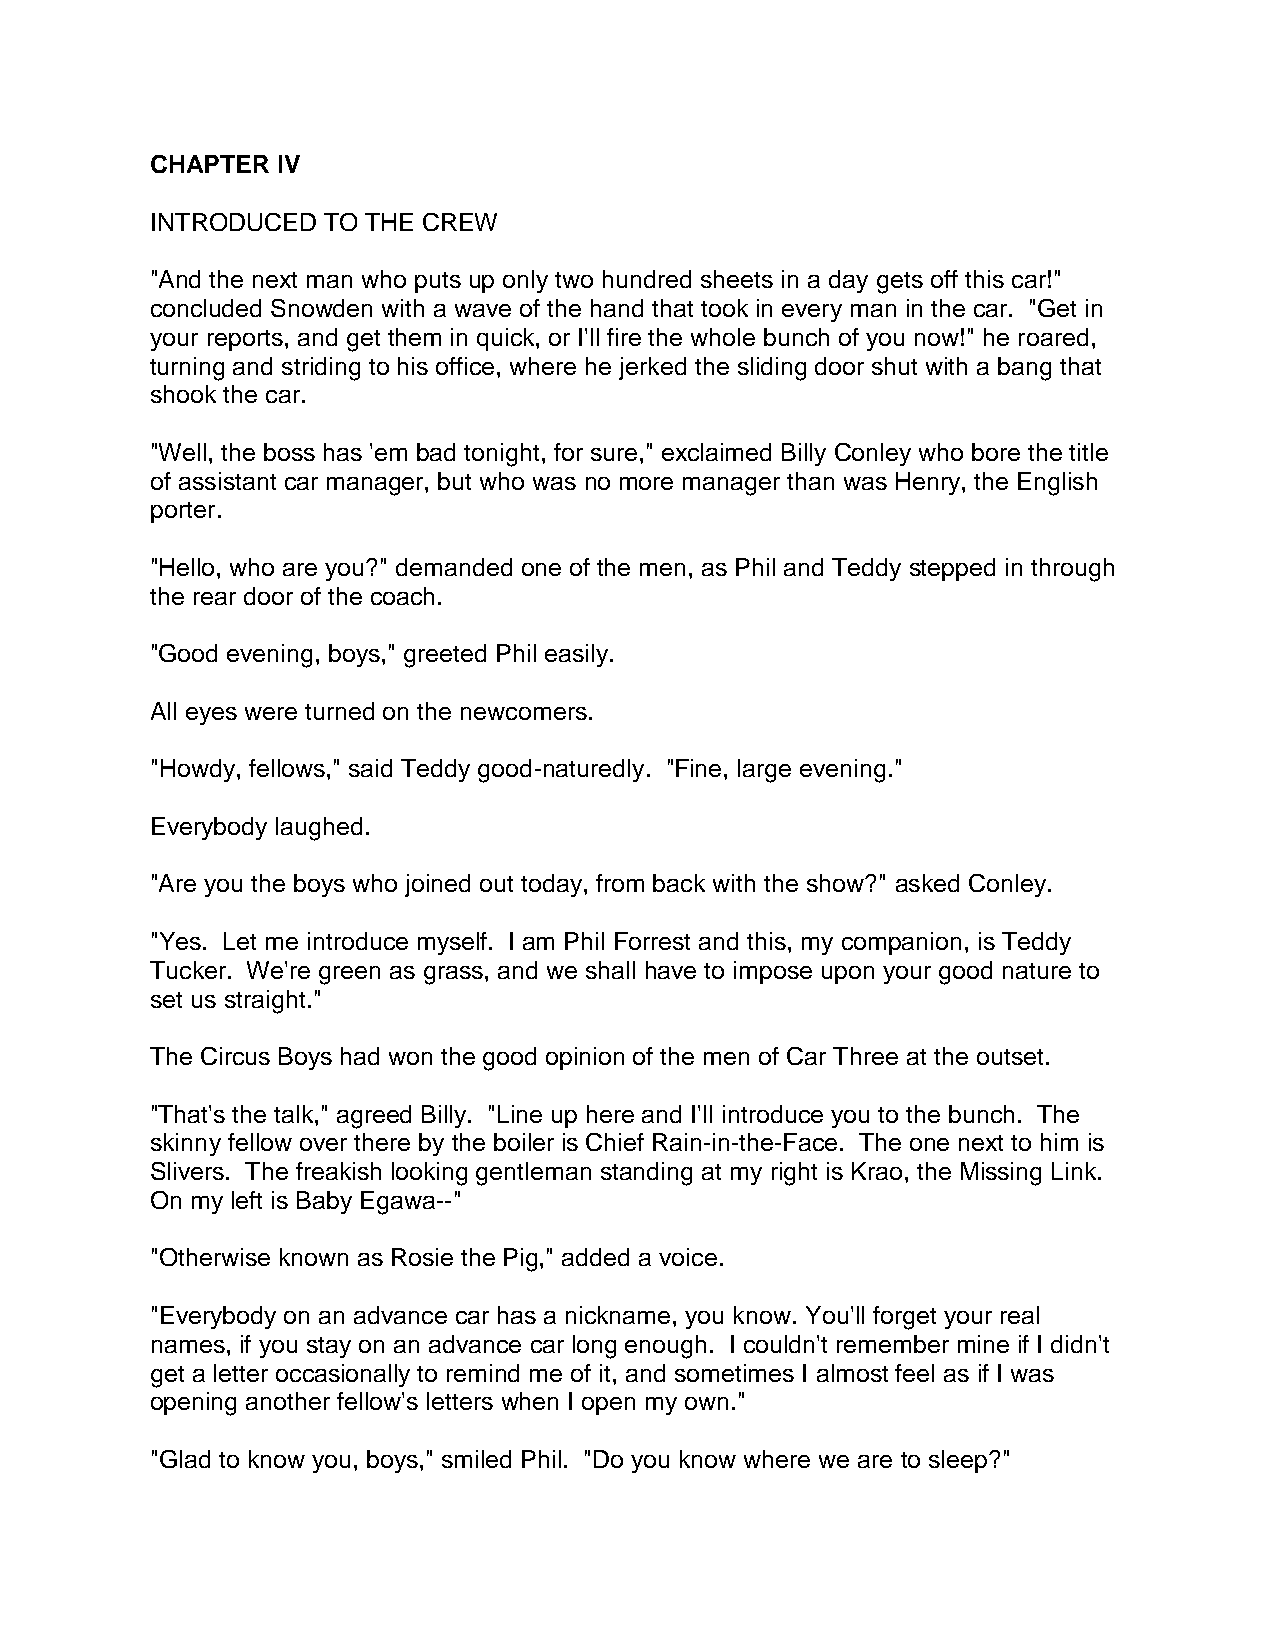
CHAPTER IV
 INTRODUCED TO THE CREW
 "And the next man who puts up only two hundred sheets in a day gets off this car!"
 concluded Snowden with a wave of the hand that took in every man in the car. "Get in
 your reports, and get them in quick, or I'll fire the whole bunch of you now!" he roared,
 turning and striding to his office, where he jerked the sliding door shut with a bang that
 shook the car.
 "Well, the boss has 'em bad tonight, for sure," exclaimed Billy Conley who bore the title
 of assistant car manager, but who was no more manager than was Henry, the English
 porter.
 "Hello, who are you?" demanded one of the men, as Phil and Teddy stepped in through
 the rear door of the coach.
 "Good evening, boys," greeted Phil easily.
 All eyes were turned on the newcomers.
 "Howdy, fellows," said Teddy good-naturedly. "Fine, large evening."
 Everybody laughed.
 "Are you the boys who joined out today, from back with the show?" asked Conley.
 "Yes. Let me introduce myself. I am Phil Forrest and this, my companion, is Teddy
 Tucker. We're green as grass, and we shall have to impose upon your good nature to
 set us straight."
 The Circus Boys had won the good opinion of the men of Car Three at the outset.
 "That's the talk," agreed Billy. "Line up here and I'll introduce you to the bunch. The
 skinny fellow over there by the boiler is Chief Rain-in-the-Face. The one next to him is
 Slivers. The freakish looking gentleman standing at my right is Krao, the Missing Link.
 On my left is Baby Egawa--"
 "Otherwise known as Rosie the Pig," added a voice.
 "Everybody on an advance car has a nickname, you know. You'll forget your real
 names, if you stay on an advance car long enough. I couldn't remember mine if I didn't
 get a letter occasionally to remind me of it, and sometimes I almost feel as if I was
 opening another fellow's letters when I open my own."
 "Glad to know you, boys," smiled Phil. "Do you know where we are to sleep?"